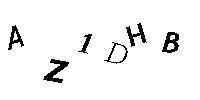
AZ1DHB